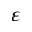
\varepsilon